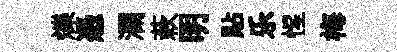
爍憑瀾蔌明貼乐惺梅